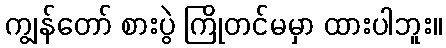
ကျွန်တော် စားပွဲ ကြိုတင်မမှာ ထားပါဘူး။